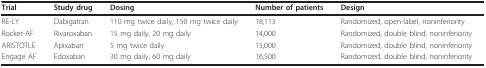
| Trial | Study drug | Dosing | Number of patients | Design |
 | --- | --- | --- | --- | --- |
 | RE-LY | Dabigatran | 110 mg twice daily, 150 mg twice daily | 18,113 | Randomized, open-label, noninferiority |
 | Rocket-AF | Rivaroxaban | 15 mg daily, 20 mg daily | 14,000 | Randomized, double blind, noninferiority |
 | ARISTOTLE | Apixaban | 5 mg twice daily | 15,000 | Randomized, double blind, noninferiority |
 | Engage AF | Edoxaban | 30 mg daily, 60 mg daily | 16,500 | Randomized, double blind, noninferiority |